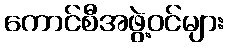
ကောင်စီအဖွဲ့ဝင်များ